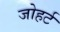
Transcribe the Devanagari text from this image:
जोहर्ट